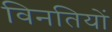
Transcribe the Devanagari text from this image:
विनतियों